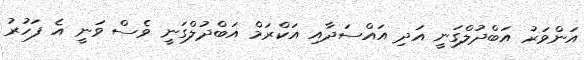
އަންވަރު އަބްދުލްގަނީ އަަދި އައްސަދާއި އަކްރަމް އަބްދުލްގަނީ ވެސް ވަނީ އެ ފަހުރު